Vaccine operations Central Provinces 1868-1885 - 1868-1885
Year: 1868
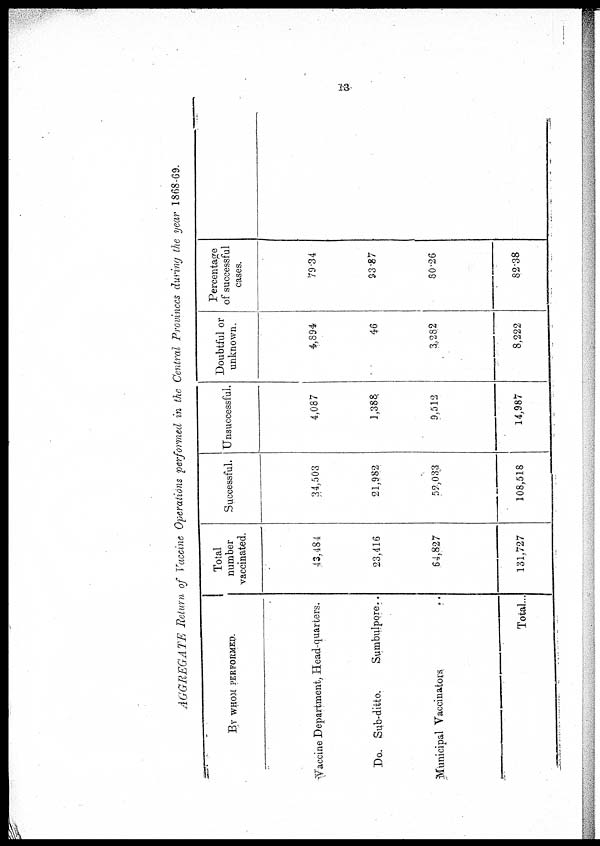
13
AGGREGATE Return of Vaccine Operations performed in the Central Provinces during the year 1868-69.
BY WHOM PERFORMED.
Vaccine Department, Head-quarters.
Do. Sub-ditto.
Sumbulpore..
Municipal Vaccinators... ...
Total...
Total
number
vaccinated.
43,484
23,416
64,827
131,727
Successful.
34,503
21,982
52,033
108,518
Unsuccessful.
4,087
1,388
9,512
14,987
Doubtful or
unknown.
4,894
46
3,282
8,222
Percentage
of successful
cases.
79.34
93.87
80.26
82.38